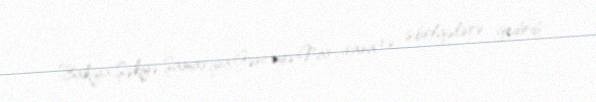
Bakıya,Şəkiyə,Şamaxıya,Gəncəyə,Naxçıvana və s.bölgələrə gedirdi.